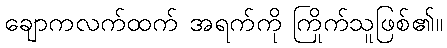
ချောကလက်ထက် အရက်ကို ကြိုက်သူဖြစ်၏။